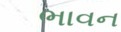
ભાવન